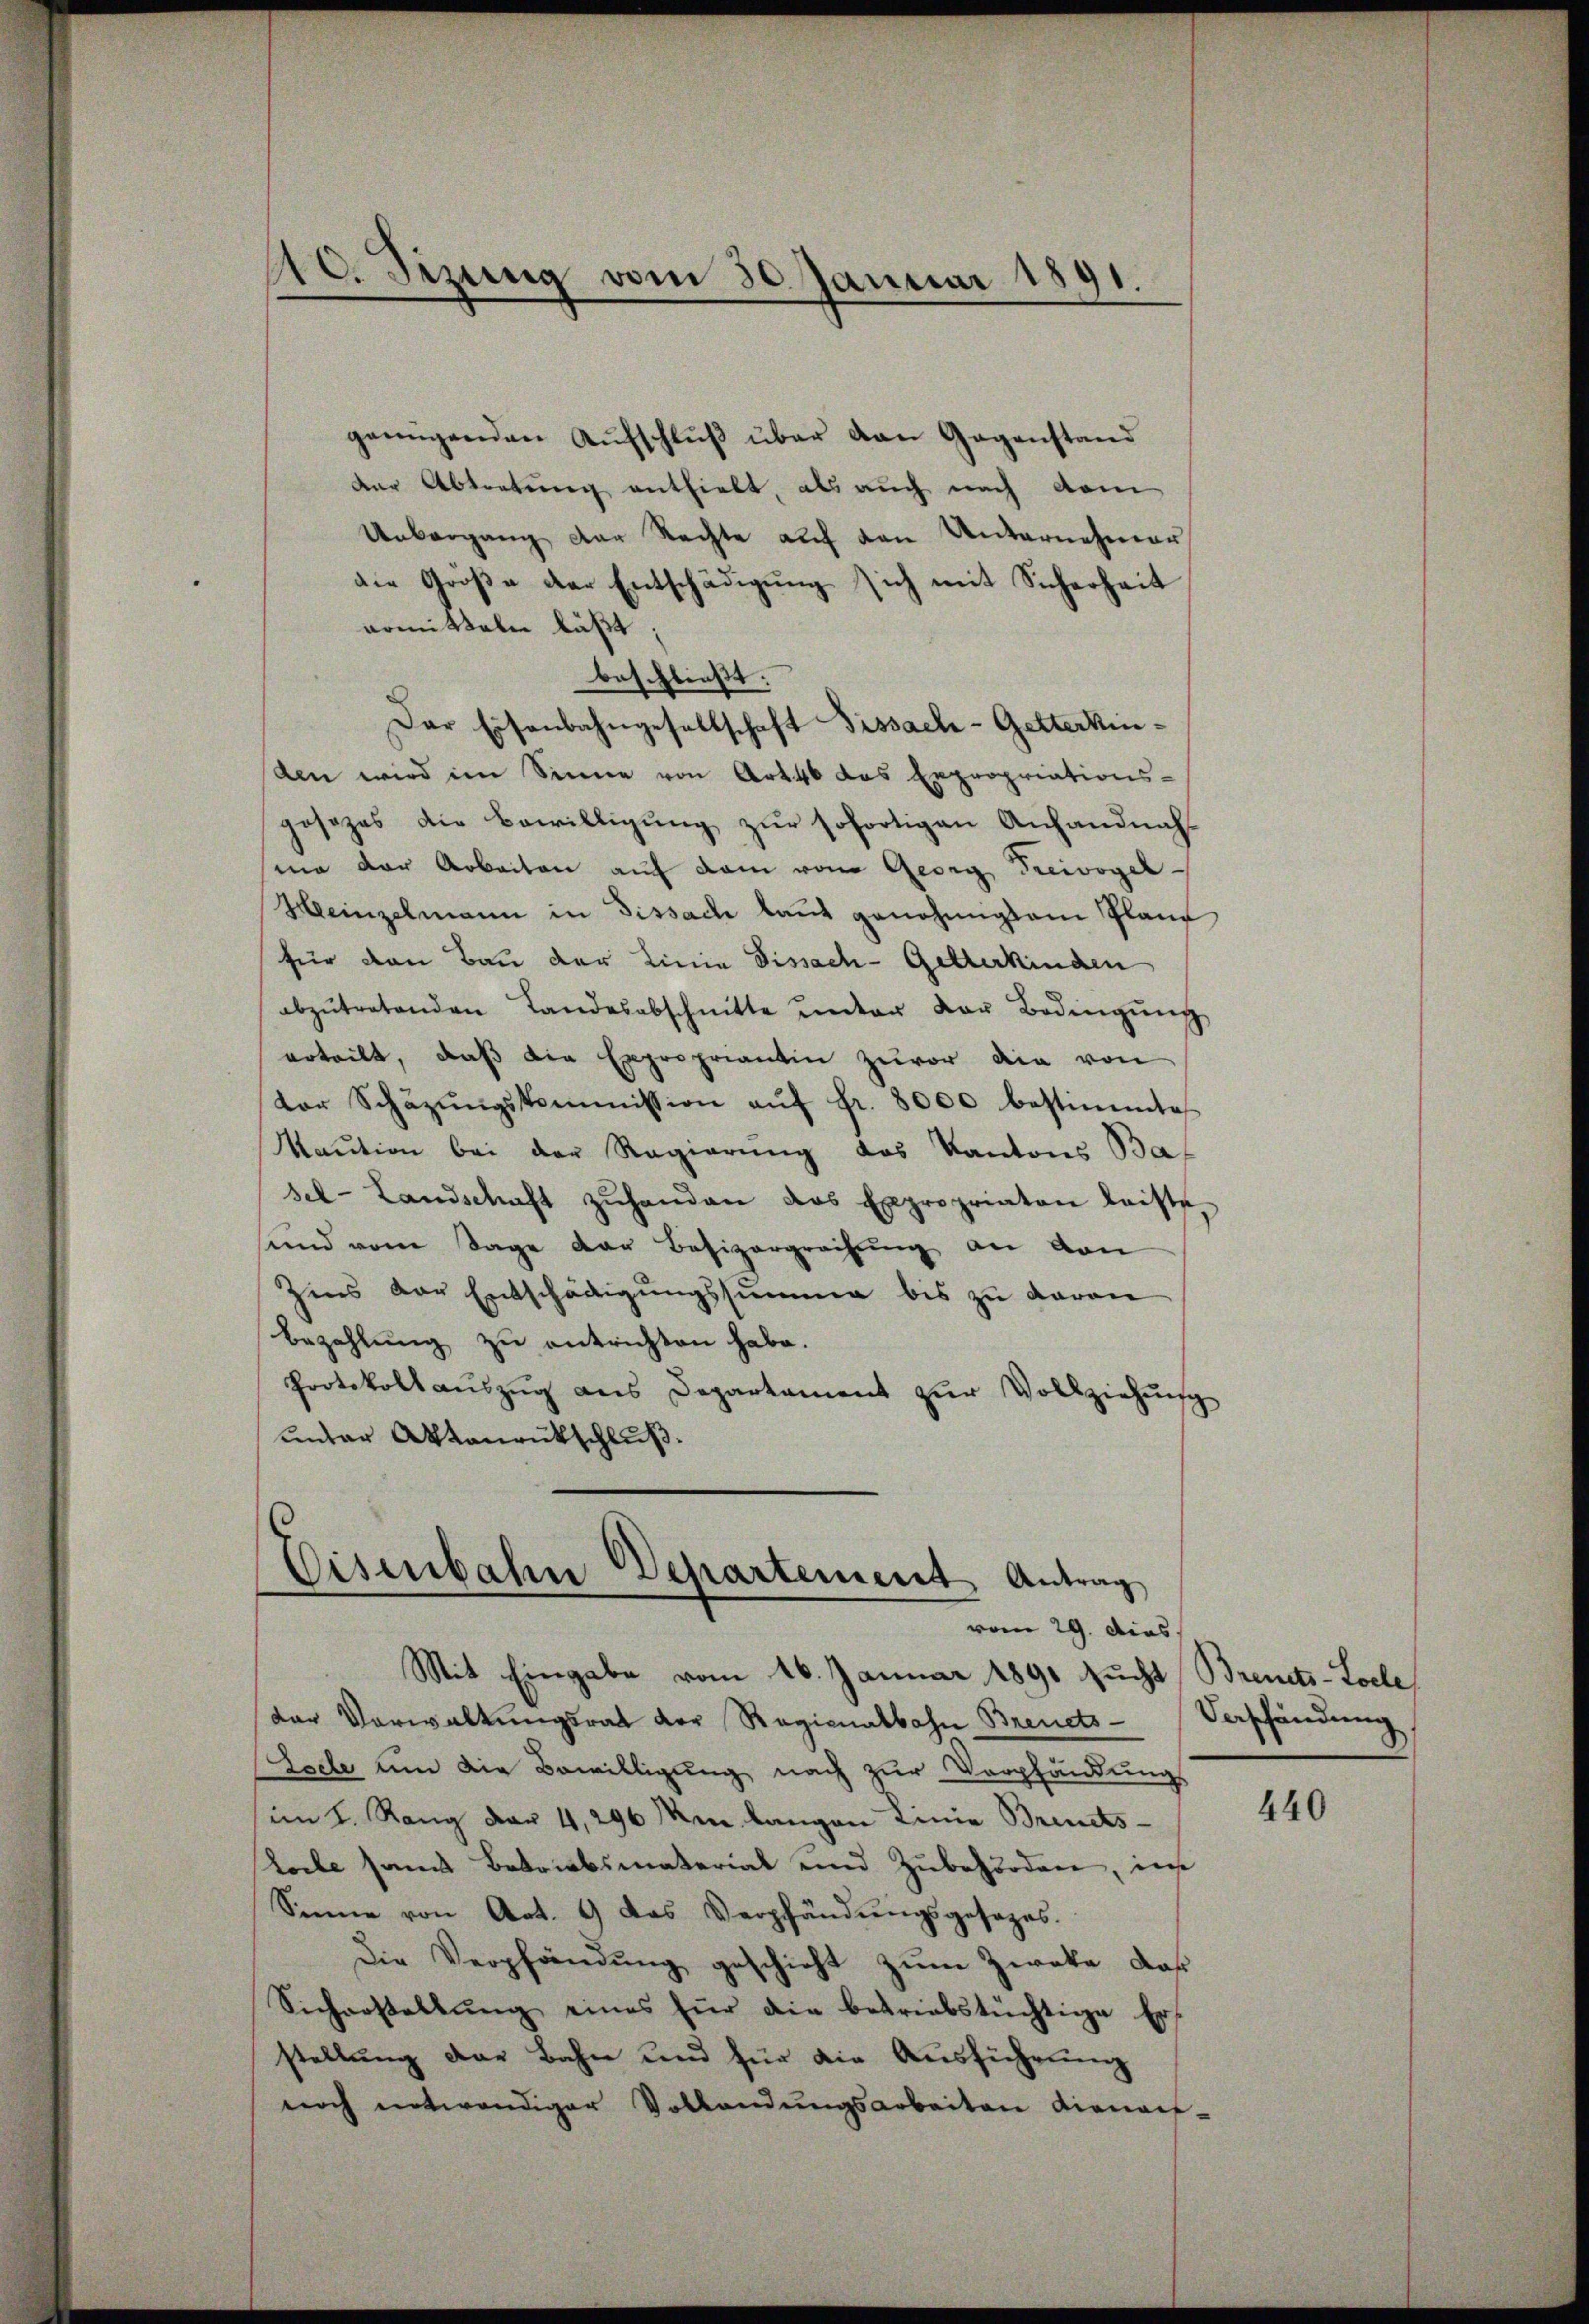
10. Sizung vom 30. Januar 1891.

genügenden Aŭfschlŭβ über den Gegenstand
der Abtretung enthielt, als auch nach dem
Unbergang der Rechte auf den Unternehmer
die Größe der Entschädigŭng sich mit Sicherheit
armitteln läßt
beschließt:
Der Eisenbahngesellschaft Fissach-Getterkinden wird im Sinne von Art. 46 das Expropriations-
gosezes die Bewilligŭng zŭr sofortigen Anhandnah
ma der Arbeiten auf dem von Georg Freivogel-
Heinzelmann in Dissach laut genehmigten Planz
für den Bau der Linie Dissach-Getterkinden
abzŭtretenden Landesabschnitte unter der Bedingŭng
erteilt, daβ die Expropriantin zuvor die von
tor Schäzŭngskommission aŭf Fr. 8000 bestimmtes
Maution bei der Regierung des Kantons Ba
sel-Landschaft zŭhanden das Expropriaten leiste
sund vom Tage der Besizergreifung an den
Zins vor Entschädigungssumme bis zu daran
Bezahlung zu entrichten habe.
Protokollaŭszŭg ans Departament zŭr Vollziehŭng
unter Aktenrückschluß.

Eisenbahn Departement Antrag
vom 29. Dies
Mit Eingabe vom 16. Januar 1891 sucht Brents-Locle

der Verwaltungsrat der Regienalbahn Brents-Verschändung
Esele um die Bewilligung nach zur Verpfändung
im I. Rang der 4,296 m langen Linie Brendts¬
Loche samt Betriebsmaterial und Zubehörden, ins
Sinne von Art. 9 das Verpfändŭngsgesezes.
Die Verpfändung geschicht zum Zweke, daß
Sicherstallŭng eines für die betriebstüchtige Ers
stellung der Bahn und für die Ausführung
noch entwendiger Vollandŭngsarbeiten dienauf-

440